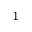
1